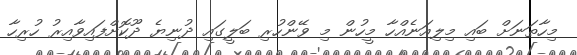
މިހާތަނަށް ބައި މިލިއަނެއްހާ މީހުން މި ވޭންހުރި ބަލީގައި ދުނިޔެ ދޫކޮށްފައިވާއިރު ހުރިހާ